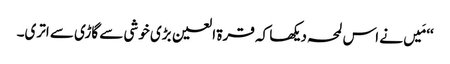
‘‘ مَیں نے اس لمحہ دیکھا کہ قرۃ العین بڑی خوشی سے گاڑی سے اتری۔